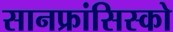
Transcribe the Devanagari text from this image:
सानफ्रांसिस्को